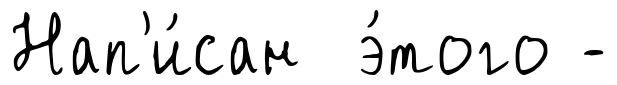
Нап'и́сан э́того -